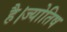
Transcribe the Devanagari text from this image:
है।ज्योतिष